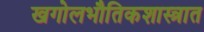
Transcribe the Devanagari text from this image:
खगोलभौतिकशास्त्रात